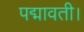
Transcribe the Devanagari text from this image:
पद्मावती।